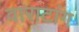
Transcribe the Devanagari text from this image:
वाराटांग